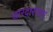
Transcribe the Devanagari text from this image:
धारदारपणा